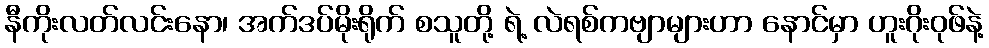
နီကိုးလတ်လင်းနော၊ အက်ဒပ်မိုးရိုက် စသူတို့ ရဲ့ လဲရစ်ကဗျာများဟာ နောင်မှာ ဟူးဂိုးဝုဖ်နဲ့